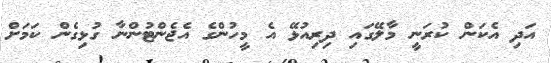
އަދި އެކަން ކުރަނީ މާލޭގައި ދިރިއުޅޭ އެ މީހުންގެ އެޖެންޓުންނާ ގުޅިގެން ކަމަށް